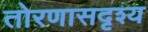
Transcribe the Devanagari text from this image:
तोरणासदृश्य